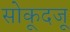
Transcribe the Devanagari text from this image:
सोकूदजू